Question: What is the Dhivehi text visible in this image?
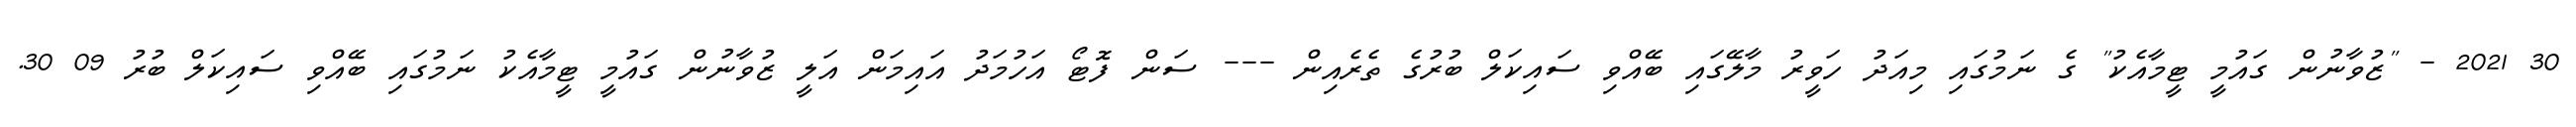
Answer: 30 2021 - "ޒުވާނުން ގައުމީ ޓީމާއެކު" ގެ ނަމުގައި މިއަދު ހަވީރު މާލޭގައި ބޭއްވި ސައިކަލް ބުރުގެ ތެރެއިން --- ސަން ފޮޓޯ އަހުމަދު އައިމަން އަލީ ޒުވާނުން ގައުމީ ޓީމާއެކު ނަމުގައި ބޭއްވި ސައިކަލް ބުރު 09 30.